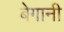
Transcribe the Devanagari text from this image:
बेगानी